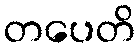
တပေတိ